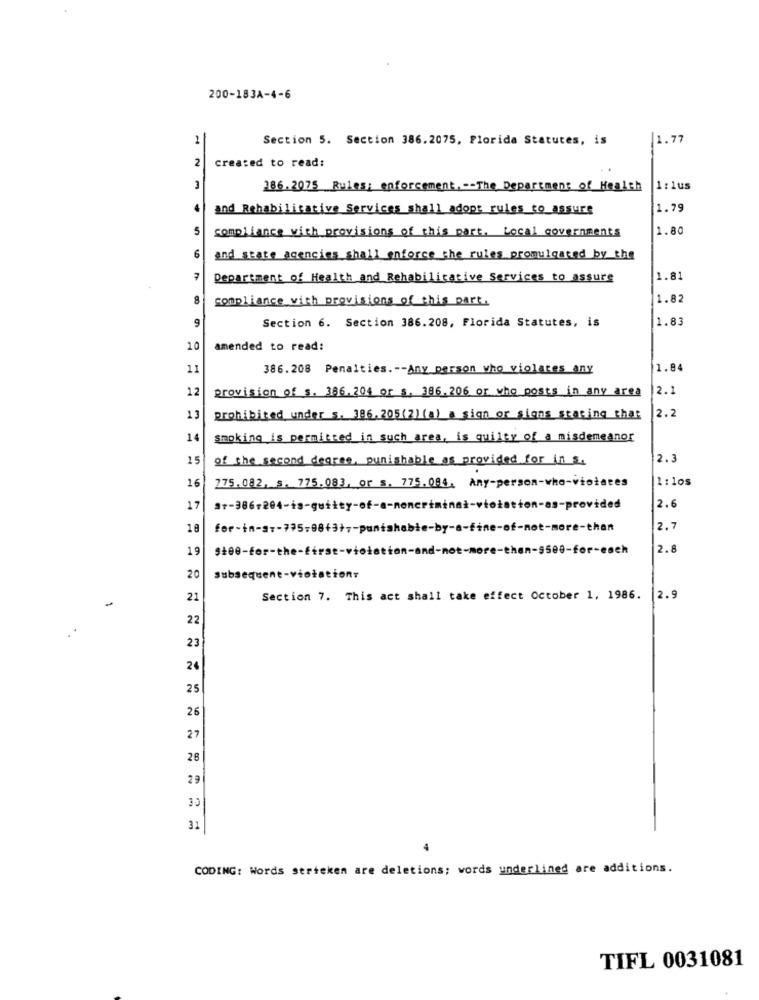
200-183A-4-6
1
Section 5. Section 386.2075, Florida Statutes, is
1.77
2
created to read:
186.2075 Rules; enforcement. -- The Department of Health
1: 1us
4
and Rehabilitative Services shall adopt rules to assure
1.79
5
1.80
compliance with provisions of this part. Local governments
6
and state agencies shall enforce the rules promulgated by the
Department of Health and Rehabilitative Services to assure
1.81
8
compliance with provisions of this part.
1.82
9
Section 6. Section 386.208, Florida Statutes, is
1.83
10
amended to read:
11
386.208 Penalties .-- Any person who violates any
1.84
12
provision of s. 386. 204 or s, 386,206 or who posts in any area
2.1
13
prohibited under s. 386. 205(2) (a) a sign or signs stating that
2.2
14
smoking is permitted in such area, is quilty of a misdemeanor
15
of the second degree, punishable as provided for in s.
2.3
16
275.082, s. 775.083, or s. 775.084. Any-person-who-violates
1: 1os
17
2.6
18
for-in-37-795;0843} ;- punishable-by-a-fine-of-not-more-than
2.7
19
2.8
20
Subsequent-violationr
21
Section 7. This act shall take effect October 1, 1986. 2.9
22
23
24
25
26
27
28
29
30
31
CODING: Words serteken are deletions; words underlined are additions.
TIFL 0031081